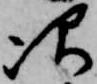
次